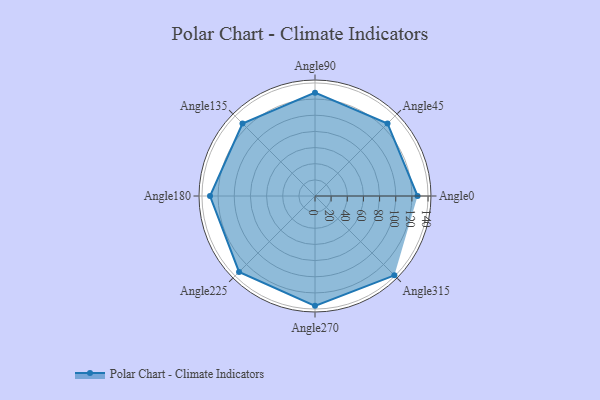
{"axis": {"x": "Angle", "y": "Radius"}, "legend": [""], "data": [{"x": "Angle0", "y": 127.0, "type": ""}, {"x": "Angle45", "y": 127.0, "type": ""}, {"x": "Angle90", "y": 128.0, "type": ""}, {"x": "Angle135", "y": 127.0, "type": ""}, {"x": "Angle180", "y": 130.0, "type": ""}, {"x": "Angle225", "y": 133.0, "type": ""}, {"x": "Angle270", "y": 136.0, "type": ""}, {"x": "Angle315", "y": 139.0, "type": ""}]}